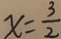
x = \frac { 3 } { 2 }